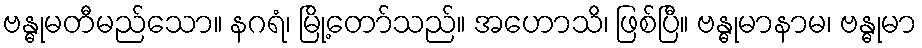
ဗန္ဓုမတီမည်သော။ နဂရံ၊ မြို့တော်သည်။ အဟောသိ၊ ဖြစ်ပြီ။ ဗန္ဓုမာနာမ၊ ဗန္ဓုမာ